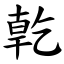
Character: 亁